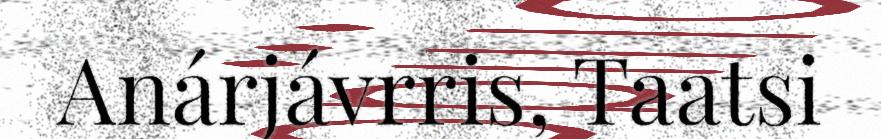
Anárjávrris, Taatsi